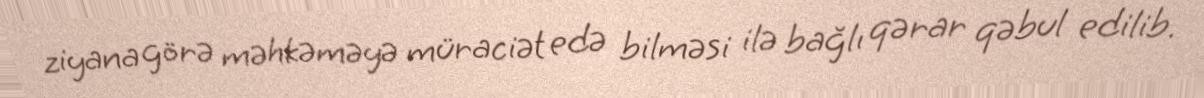
ziyana görə məhkəməyə müraciət edə bilməsi ilə bağlı qərar qəbul edilib.